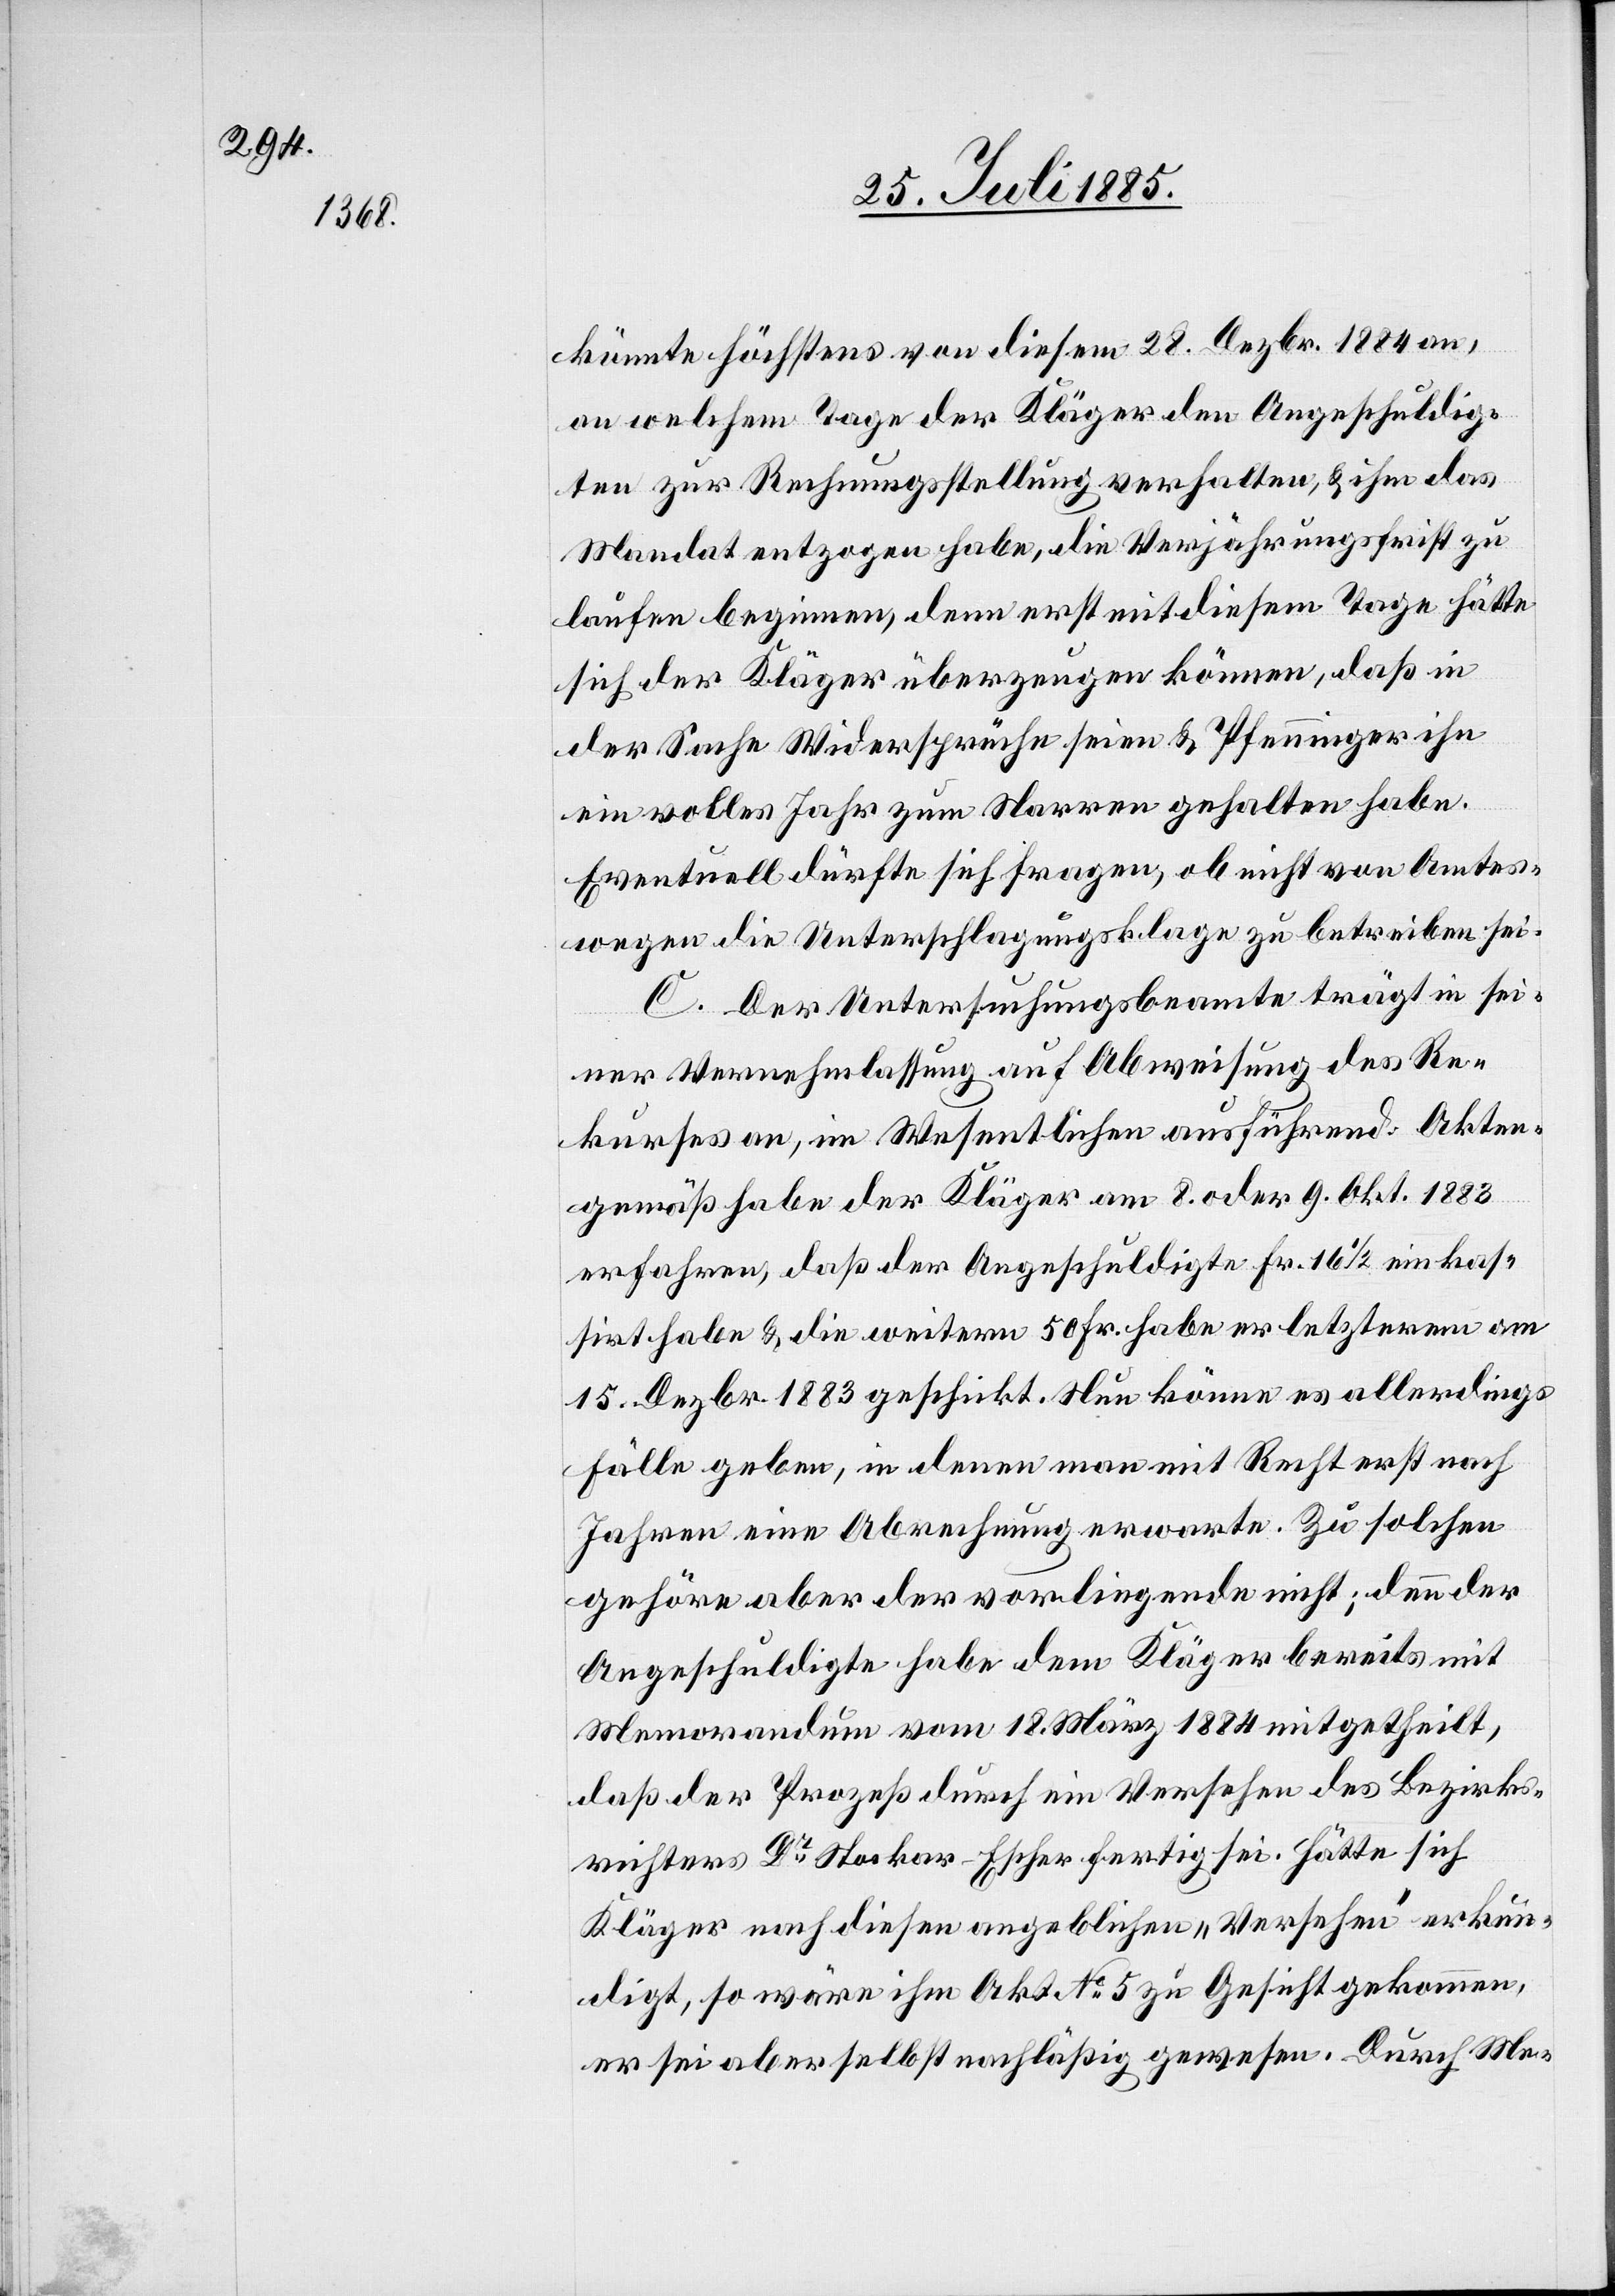
könnte höchstens von diesem 28. Dezbr. 1884 an,
an welchem Tage der Kläger den Angeschuldig¬
ten zur Rechnungsstellung verhalten, & ihm das
Mandat entzogen habe, die Verjährungsfrist zu
laufen beginnen, denn erst mit diesem Tage hätte
sich der Kläger überzeugen können, daß in
der Sache Widersprüche seien & Pfenninger ihn
ein volles Jahr zum Narren gehalten habe.
Eventuell dürfte sich fragen, ob nicht von Amtes¬
wegen die Unterschlagungsklage zu betreiben sei.
C. Der Untersuchungsbeamte trägt in sei¬
ner Vernehmlassung auf Abweisung des Re¬
kurses an, im Wesentlichen ausführend: Akten¬
gemäß habe der Kläger am 8. oder 9. Okt. 1883
erfahren, daß der Angeschuldigte Fr. 16 1/2 einkas¬
sirt habe & die weitern 50 Fr. habe er letzterem am
15. Dezbr. 1883 geschickt. Nun könne es allerdings
Fälle geben, in denen man mit Recht erst nach
Jahren eine Abrechnung erwarte. Zu solchen
gehöre aber der vorliegende nicht; denn der
Angeschuldigte habe dem Kläger bereits mit
Memorandum vom 18. März 1884 mitgetheilt,
daß der Prozeß durch ein Versehen des Bezirks¬
richters Dr Stockar-Escher fertig sei. Hätte sich
Kläger nach diesen angeblichen „Versehen“ erkun¬
digt, so wäre ihm Akt No 5 zu Gesicht gekommen,
er sei aber selbst nachläßig gewesen. Durch Me-